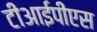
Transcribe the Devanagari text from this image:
टीआईपीएस